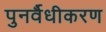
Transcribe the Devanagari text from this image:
पुनर्वैधीकरण